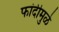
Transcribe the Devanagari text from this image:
फांदीमुळे